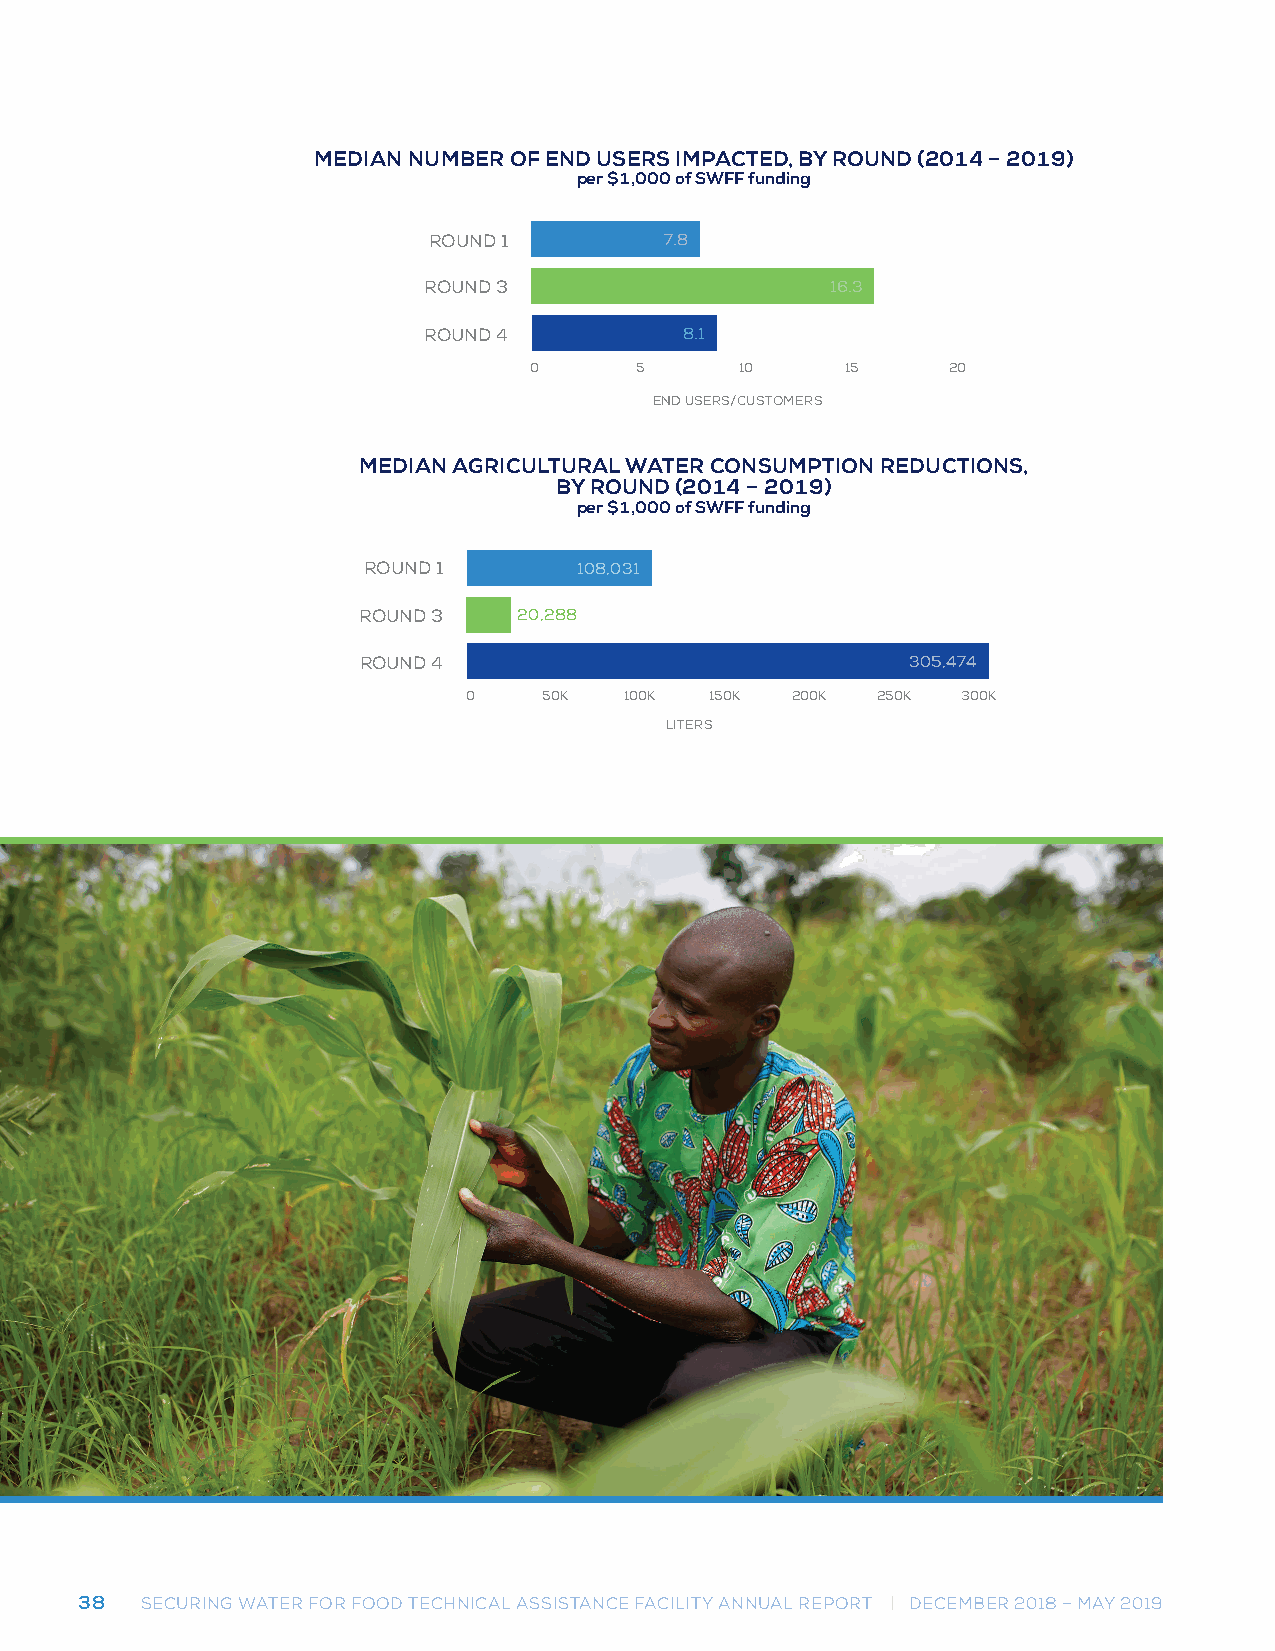
MMEEDDIIAANN NNUUMMBBEERR OOFF E ENNDD U USSEERRSS I MIMPPAACCTTEEDD, B, BY YR ORUONUDN D(2 (021041 4– –2 0210919) )
 ppeerr $$11,,000000 ooff S SWWFFFF f ufunndidnigng
 ROUND 1         7.8
 ROUND 3                    16.3
 ROUND 4          8.1
 0      5      10     15     20
 END USERS/CUSTOMERS
 MEDIAN AGRICULTURAL WATER CONSUMPTION REDUCTIONS,
 MEDIAN AGRICULTURAL WATER CONSUMPTION REDUCTIONS,
 BY ROUND (2014 – 2019)
 BY ROUND (2014 – 2019)
 pepre $r 1$,010,000 0of o Sf WSWFFFF f ufunnddiningg
 ROUND 1       108,031
 ROUND 3   20,288
 ROUND 4                             305,474
 0    50K  100K  150K 200K  250K  300K
 LITERS
 38  SECURING WATER FOR FOOD TECHNICAL ASSISTANCE FACILITY ANNUAL REPORT | DECEMBER 2018 – MAY 2019